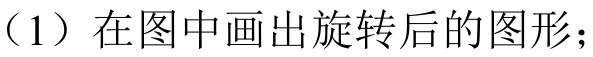
（1）在图中画出旋转后的图形；